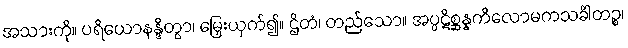
အသားကို။ ပရိယောနန္ဒိတွာ၊ မြှေးယှက်၍။ ဌိတံ၊ တည်သော။ အပ္ပဋိစ္ဆန္နကိလောမကသင်္ခါတဉ္စ၊